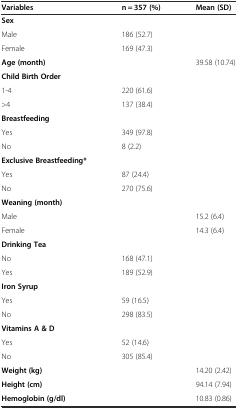
| Variables | n = 357 (%) | Mean (SD) |
 | --- | --- | --- |
 | Sex |  |  |
 | Male | 186 (52.7) |  |
 | Female | 169 (47.3) |  |
 | Age (month) |  | 39.58 (10.74) |
 | Child Birth Order |  |  |
 | 1-4 | 220 (61.6) |  |
 | >4 | 137 (38.4) |  |
 | Breastfeeding |  |  |
 | Yes | 349 (97.8) |  |
 | No | 8 (2.2) |  |
 | Exclusive Breastfeeding* |  |  |
 | Yes | 87 (24.4) |  |
 | No | 270 (75.6) |  |
 | Weaning (month) |  |  |
 | Male |  | 15.2 (6.4) |
 | Female |  | 14.3 (6.4) |
 | Drinking Tea |  |  |
 | No | 168 (47.1) |  |
 | Yes | 189 (52.9) |  |
 | Iron Syrup |  |  |
 | Yes | 59 (16.5) |  |
 | No | 298 (83.5) |  |
 | Vitamins A & D |  |  |
 | Yes | 52 (14.6) |  |
 | No | 305 (85.4) |  |
 | Weight (kg) |  | 14.20 (2.42) |
 | Height (cm) |  | 94.14 (7.94) |
 | Hemoglobin (g/dl) |  | 10.83 (0.86) |